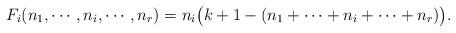
LaTeX: \begin{align*}F_i (n_1,\cdots ,n_i,\cdots, n_r) = n_i \big(k+1-(n_1+\cdots +n_i+\cdots+ n_r)\big).\end{align*}